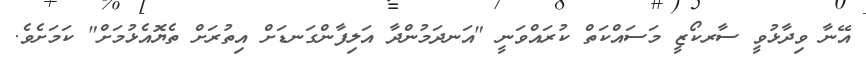
އޭނާ ވިދާޅުވީ ސާރކޯޒީ މަސައްކަތް ކުރައްވަނީ "އަނދަމުންދާ އަލިފާންގަނޑަށް އިތުރަށް ތެޔޮއެޅުމަށް" ކަމަށެވެ.